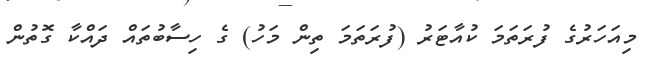
މިއަހަރުގެ ފުރަތަމަ ކުއާޓަރު (ފުރަތަމަ ތިން މަހު) ގެ ހިސާބުތައް ދައްކާ ގޮތުން